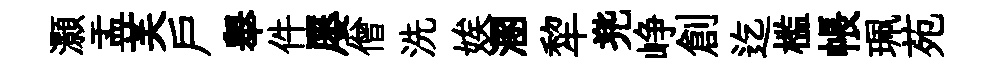
灝盂芙户舉件屡僧洗娭溷犂兠峥創迄槛帳珮苑